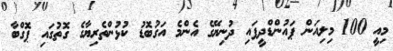
މިއީ 100 މިލިއަން ޕައުންޑްދީފައި ދުނިޔޭގެ އެންމެ އަގުބޮޑު ކުޅުންތެރިޔާގެ ގޮތުގައި ޕޮގްބާ